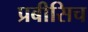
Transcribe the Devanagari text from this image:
प्रबीसिच